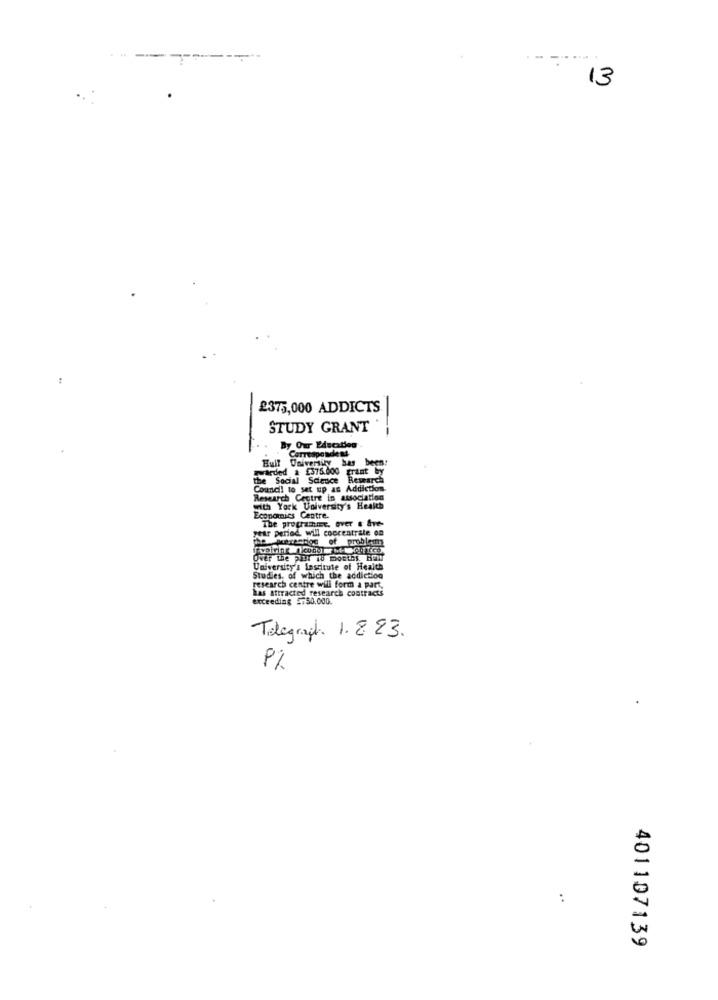
13
2375,000 ADDICTS
STUDY GRANT
By Our Education
Hult University bas been:
Correspondent
awarded a £375.000 grant by
the Social Science Research
Council to set up as Addiction.
Research Centre in association
with York University's Health
Economics Centre.
The programme. over s &ve-
year period will concentrate on
the Autrestos of problem
ver the PEUT 18 DOBLES. BEW
University's Lascitute of Health
Studies, of which the addiction
has attracted research contracts
research centre will form a part.
exceeding 5750.000.
Telegraph 1. 8 23.
P%
401107139